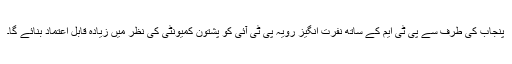
پنجاب کی طرف سے پی ٹی ایم کے ساتھ نفرت انگیز رویہ پی ٹی آئی کو پشتون کمیونٹی کی نظر میں زیادہ قابل اعتماد بنائے گا۔